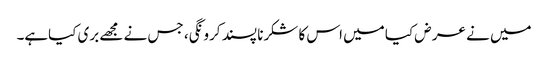
میں نے عر ض کیا میں اس کا شکرنا پسند کرو نگی، جس نے مجھے بری کیاہے۔